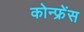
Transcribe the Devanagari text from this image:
कोन्फ्रेंस